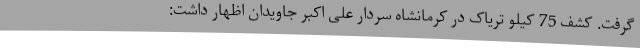
گرفت. کشف 75 کیلو تریاک در کرمانشاه سردار علی اکبر جاویدان اظهار داشت: